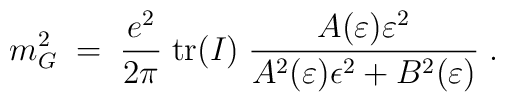
m^2_G \;=\; \frac{e^2}{2 \pi} \;{\rm tr}(I)\;\frac{A(\varepsilon) \varepsilon^2}{A^2(\varepsilon) \epsilon^2 + B^2(\varepsilon)}  \;.